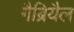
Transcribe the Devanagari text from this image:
गैब्रियैल